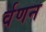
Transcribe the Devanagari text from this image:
र्वणन